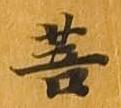
菩